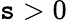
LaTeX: \mathtt{s}>0